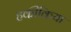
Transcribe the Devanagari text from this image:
हकीकिया